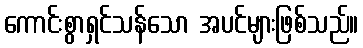
ကောင်းစွာရှင်သန်သော အပင်များဖြစ်သည်။